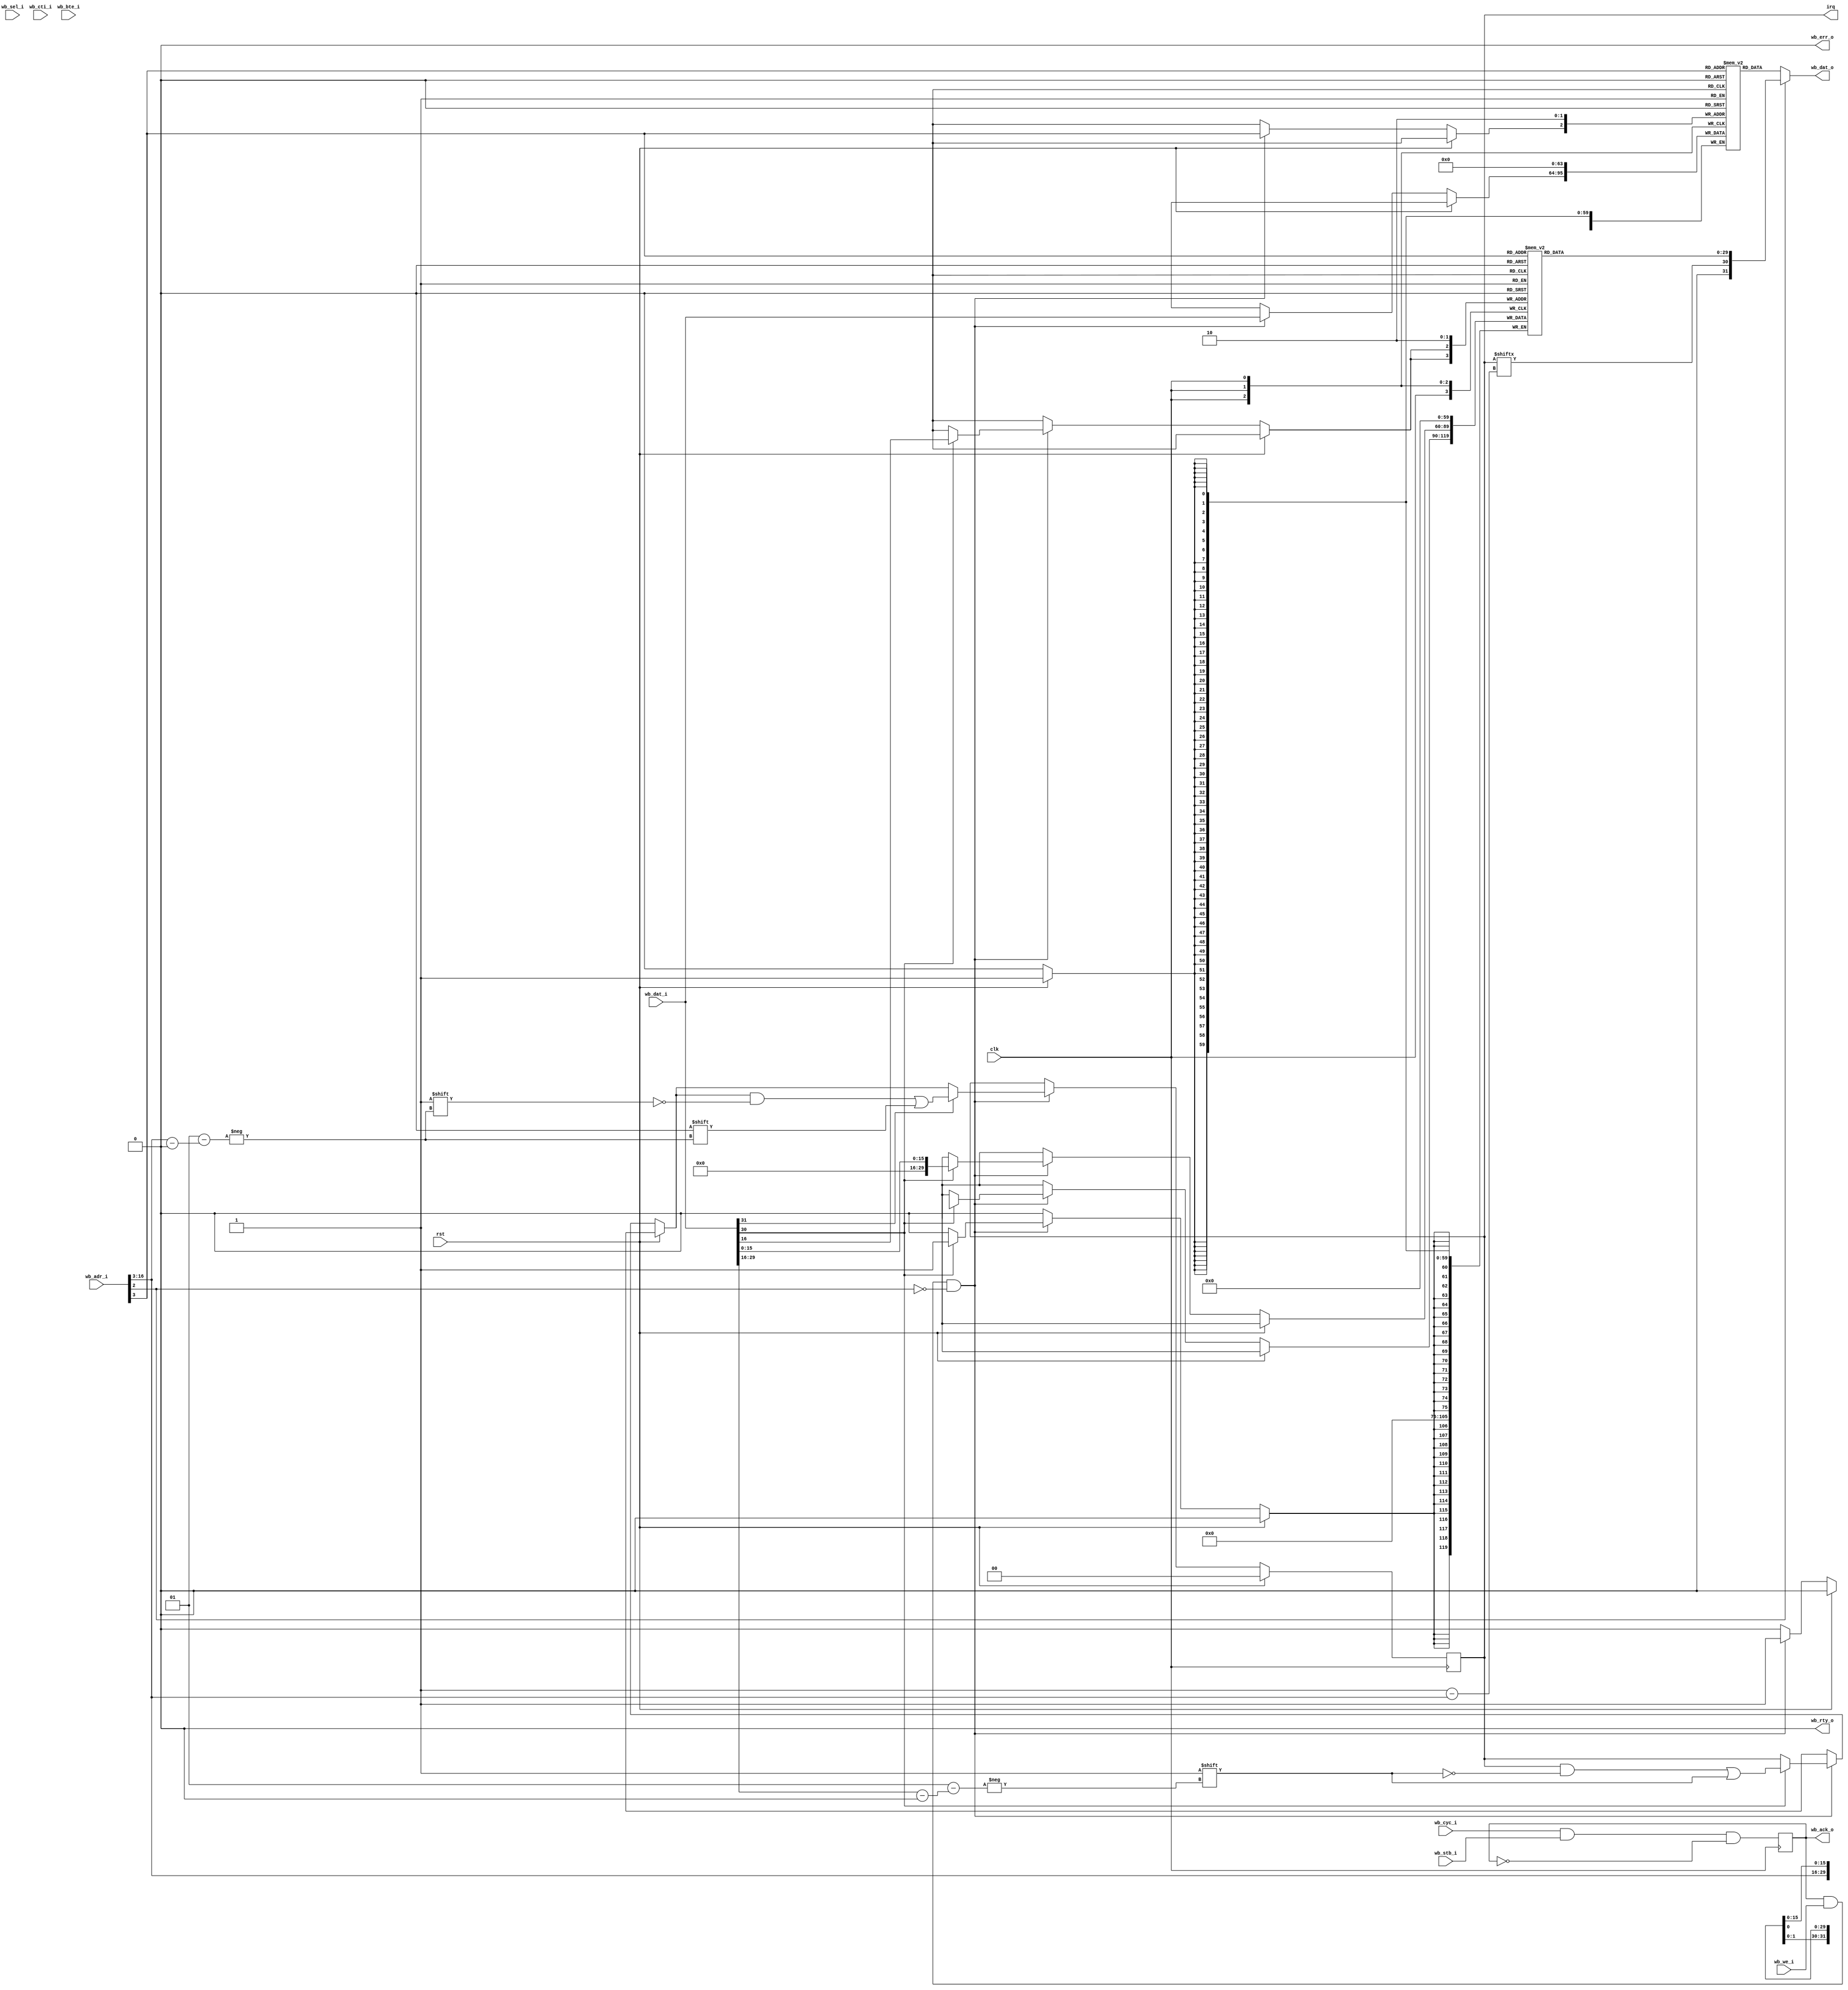
module ipi #(
	parameter NUM_CORES = 2
)(
	input 			   clk,
	input 			   rst,
	// Wishbone slave interface
	input [16:0] 		   wb_adr_i,
	input [31:0] 		   wb_dat_i,
	input [3:0] 		   wb_sel_i,
	input 			   wb_we_i,
	input 			   wb_cyc_i,
	input 			   wb_stb_i,
	input [2:0] 		   wb_cti_i,
	input [1:0] 		   wb_bte_i,
	output [31:0] 		   wb_dat_o,
	output reg		   wb_ack_o,
	output 			   wb_err_o,
	output 			   wb_rty_o,

	// Per-core Interrupt output
	output reg [0:NUM_CORES-1] irq
);

localparam
	CONTROL	= 0,
	STATUS	= 1;

localparam
	CTRL_IRQ_ACK	= 31,
	CTRL_IRQ_GEN	= 30;

// Control register
// +---------+---------+----------+---------+
// | 31      | 30      | 29 .. 16 | 15 .. 0 |
// ----------+---------+----------+----------
// | IRQ ACK | IRQ GEN | DST CORE | DATA    |
// +---------+---------+----------+---------+
reg [31:0] control [0:NUM_CORES-1];

// Status register
// +----------+-------------+----------+---------+
// | 31       | 30          | 29 .. 16 | 15 .. 0 |
// -----------+-------------+----------+---------+
// | Reserved | IRQ Pending | SRC CORE | DATA    |
// +----------+-------------+----------+---------+
reg [29:0] status [0:NUM_CORES-1];

// Write logic
integer i;
always @(posedge clk) begin
	if (rst) begin
		irq <= 0;
		for (i = 0; i < NUM_CORES; i=i+1) begin
			control[i] <= 0;
			status[i] <= 0;
		end
	end else if (wb_ack_o & wb_we_i & (wb_adr_i[2] == CONTROL)) begin
		control[wb_adr_i[16:3]] <= wb_dat_i;

		if (wb_dat_i[CTRL_IRQ_GEN]) begin
			irq[wb_dat_i[29:16]] <= 1;
			status[wb_dat_i[29:16]][15:0] <= wb_dat_i[15:0];
			status[wb_dat_i[29:16]][29:16] <= wb_adr_i[16:3];
		end

		if (wb_dat_i[CTRL_IRQ_ACK])
			irq[wb_adr_i[16:3]] <= 0;
	end
end

// Read logic
assign wb_dat_o = (wb_adr_i[2] == CONTROL) ? control[wb_adr_i[16:3]] :
		  {1'b0, irq[wb_adr_i[16:3]], status[wb_adr_i[16:3]]};

// Ack logic
always @(posedge clk)
	wb_ack_o <= wb_cyc_i & wb_stb_i & !wb_ack_o;

assign wb_err_o = 0;
assign wb_rty_o = 0;

endmodule